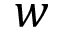
w